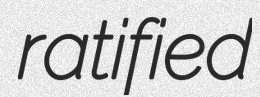
ratified